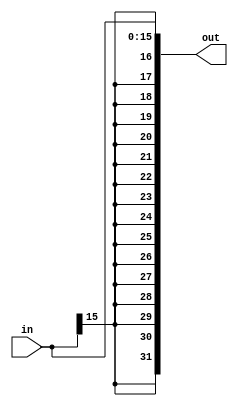
module signextend(in,out);
	input [15:0]in;
	output [31:0]out;
	
	assign out = { in[15],in[15],in[15],in[15],in[15],in[15],in[15],in[15],in[15],in[15],in[15],in[15],in[15],in[15],in[15],in[15],in[15:0] };


endmodule